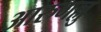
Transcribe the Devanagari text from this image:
आरुगल्लु